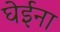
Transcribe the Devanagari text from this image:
घेईना